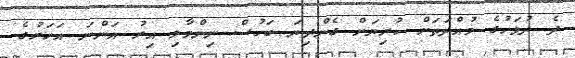
ދެ ދުވަހުގެ މުއްދަތަށް ކުރިޔަށް ގެންދިޔަ ބަހުސް ނިންމާލި އިރު އަންނަ އަހަރުގެ